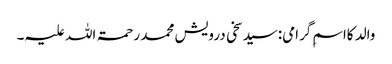
والد کااسمِ گرامی:سید سخی درویش محمد رحمۃ اللہ علیہ۔